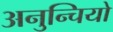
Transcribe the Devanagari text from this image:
अनुन्चियो